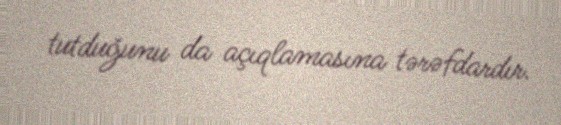
tutduğunu da açıqlamasına tərəfdardır.